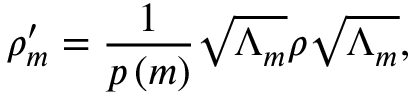
\rho _ { m } ^ { \prime } = { \frac { 1 } { p \left( m \right) } } { \sqrt { \Lambda _ { m } } } \rho { \sqrt { \Lambda _ { m } } } ,